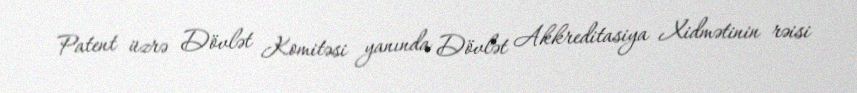
Patent üzrə Dövlət Komitəsi yanında Dövlət Akkreditasiya Xidmətinin rəisi